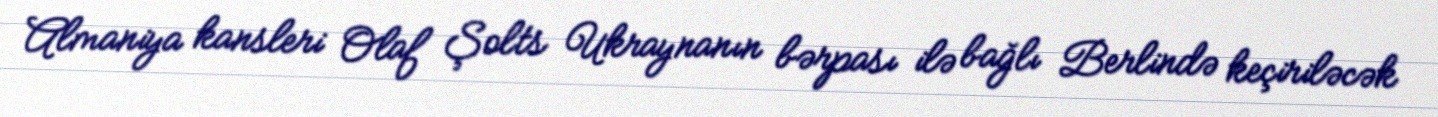
Almaniya kansleri Olaf Şolts Ukraynanın bərpası ilə bağlı Berlində keçiriləcək